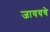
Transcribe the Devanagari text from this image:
जाययचे